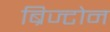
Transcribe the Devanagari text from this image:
ब्रिज्टोन